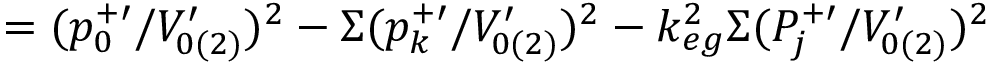
= ( p _ { 0 } ^ { + \prime } / V _ { 0 ( 2 ) } ^ { \prime } ) ^ { 2 } - \Sigma ( p _ { k } ^ { + \prime } / V _ { 0 ( 2 ) } ^ { \prime } ) ^ { 2 } - k _ { e g } ^ { 2 } \Sigma ( P _ { j } ^ { + \prime } / V _ { 0 ( 2 ) } ^ { \prime } ) ^ { 2 }